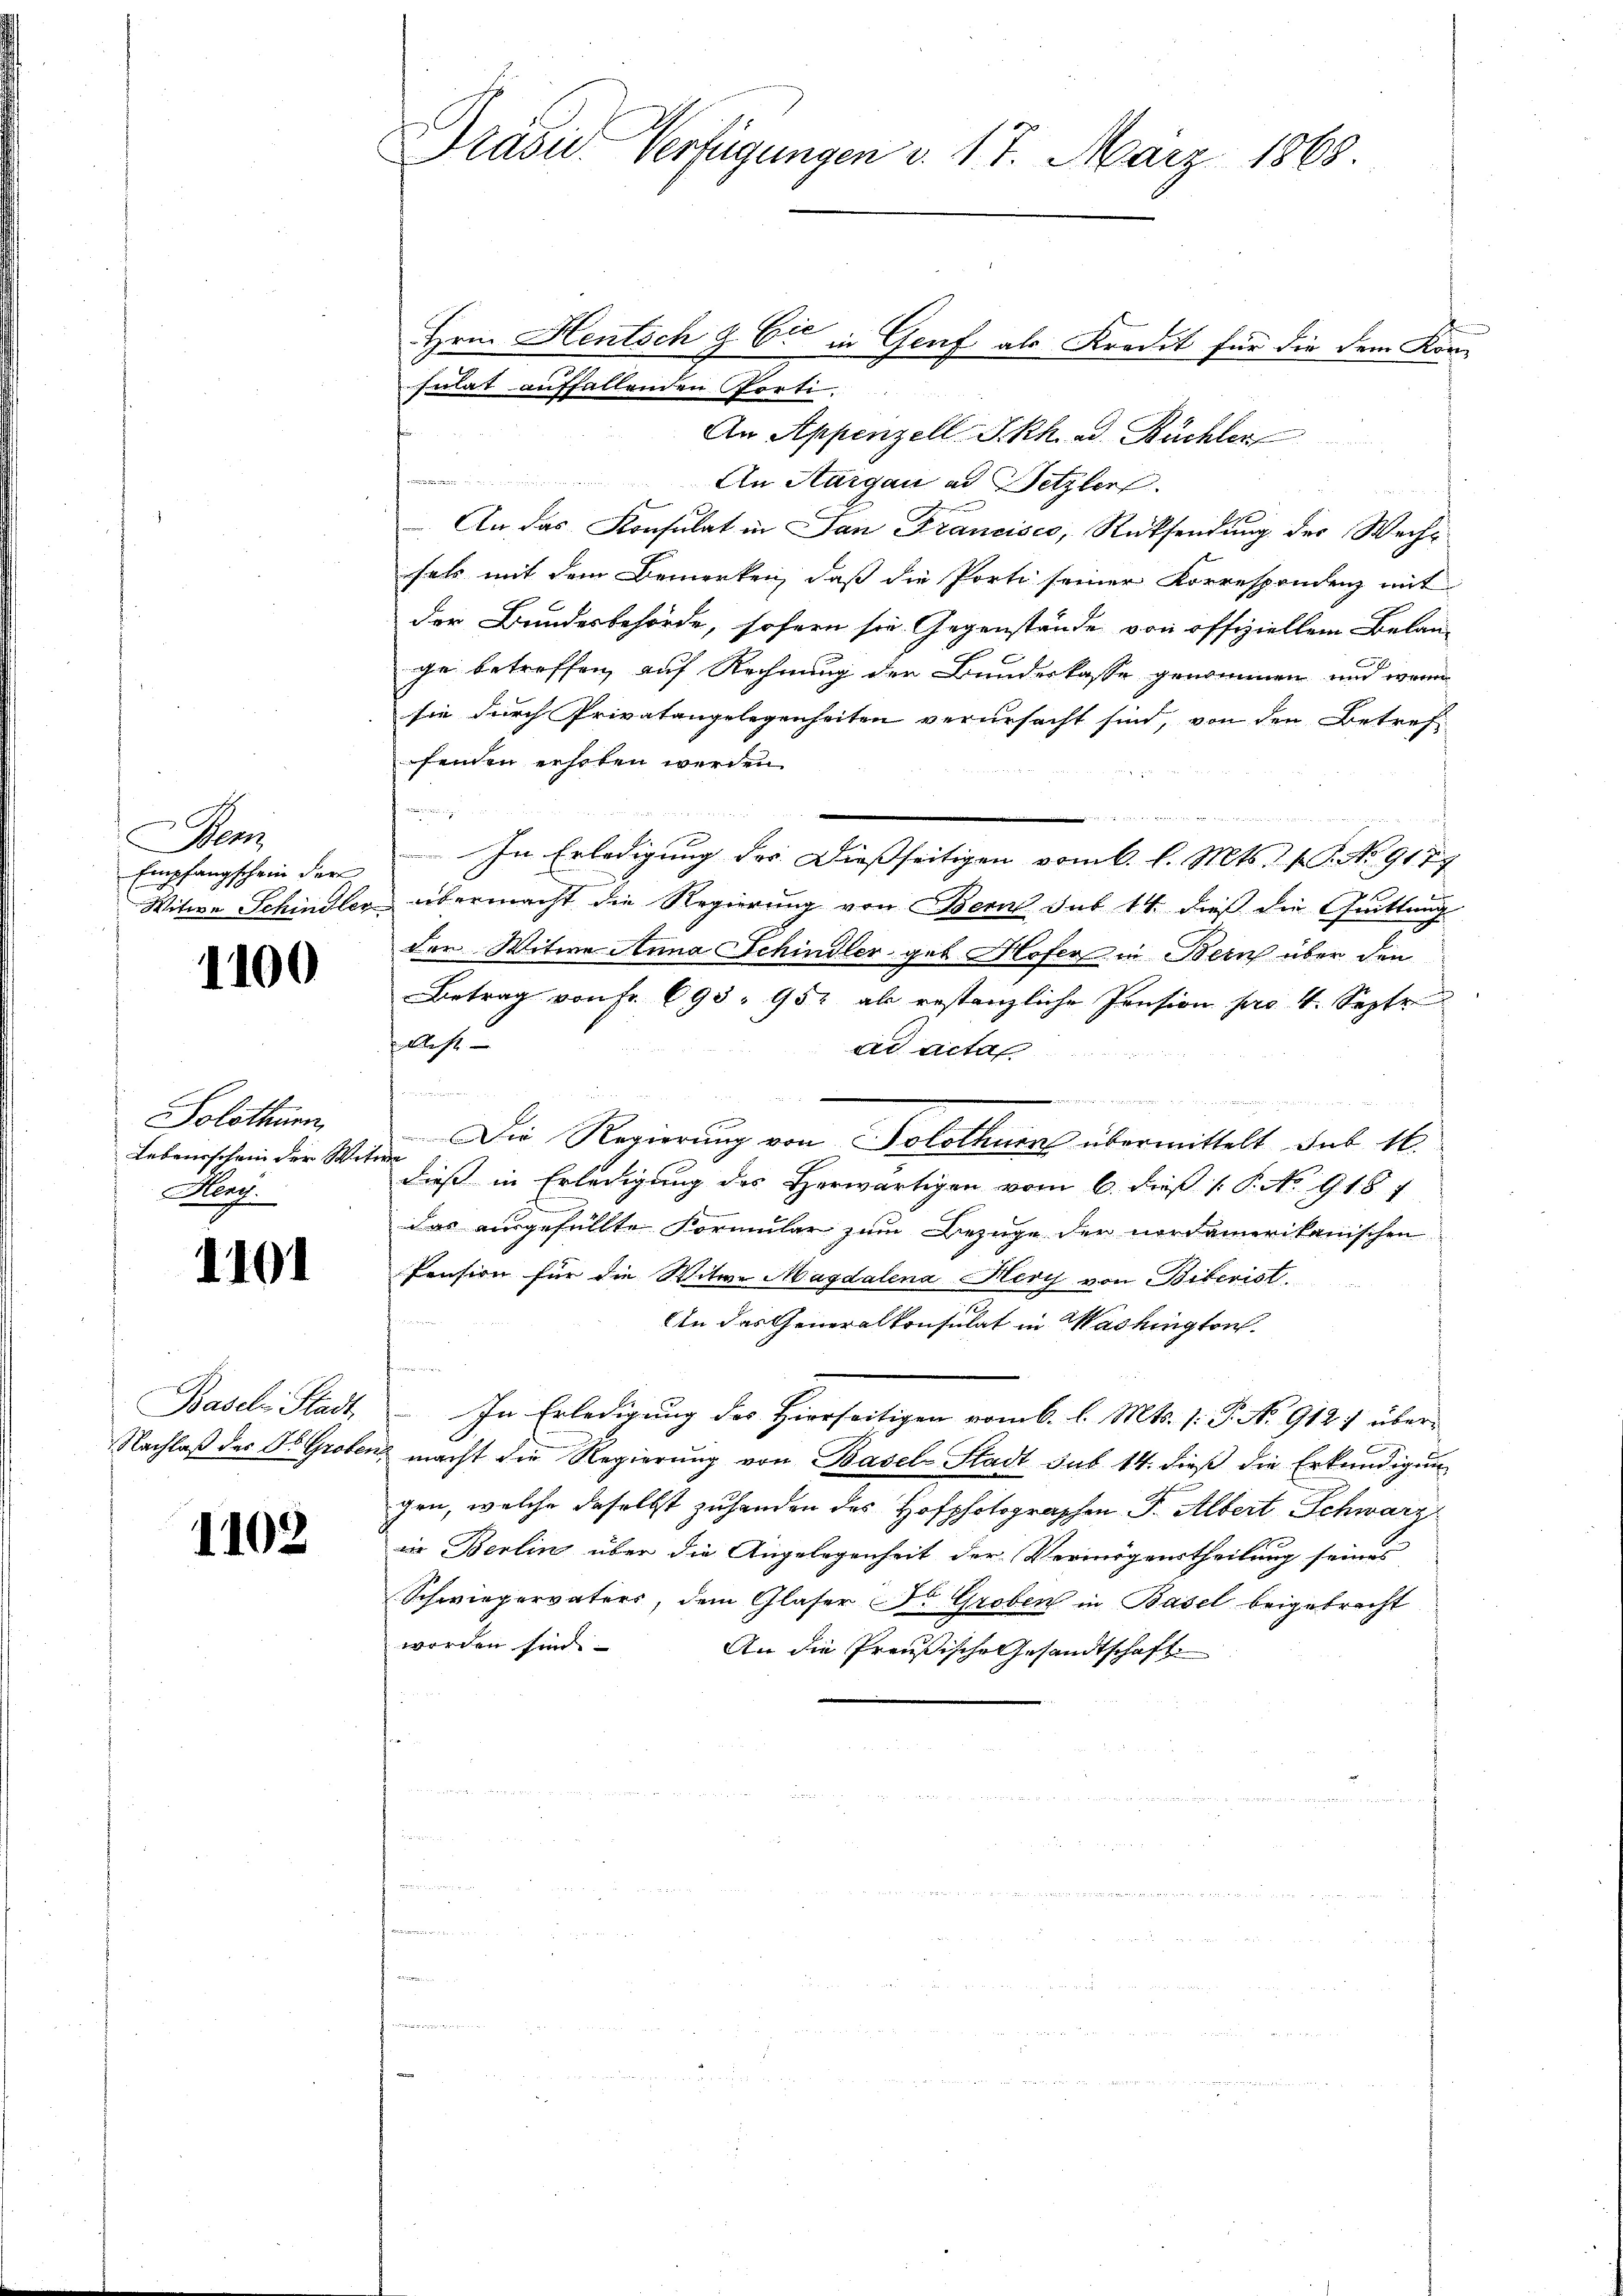
Bem
Empfangschein der

1100

Solothurn,
Lebensschein der We
Alag.

1101

Basch Stadt

1102

2
sulat auffallenden Porti
An Appenzell Skk. ad. Büchler
n
An Aargau ad Setzler
 An das Konsulat in San Francisco, Rücksendung der Wechfals mit dem Bemerken, daß die Porti seiner Korrespondenz mit
der Bundesbehörde, sofern sie Gegenstände von offiziellem Belan-
ge betreffen, auf Rechnung der Bundeskasse genommen und wenn
sie durch Privatangelegenheiten verursacht sind, von den Betrefseiden erhoben werden
e
In Erledigung des Dießseitigen vom 6. l. Mts. 1. No 9177
Witwe Schindler übermacht die Regierung von Bern sub 14 dieß die Quittung
der Witwe Anna Schindler geb. Hofer in Bern über den
Betrag von Fr. 693. 952 als restanzliche Pension pro 4. Septe
 ehe
ad actas.

eme der eingegang

Die Regierung von Solothurn übermittelt sub N.
i
dieß in Erledigung des Herwärtigen vom 6. dieß ( P. No 918 f
das ausgefüllte Formular zum Bezuge der nordamerikanischen
Pension für die Witwe Magdalena Hery von Biberist,
n
An das Generalkonsulat in Washington
g
In Erledigung des Hierseitigen vom 6. l. Mts. 1. P. No 912: über-
Nachlaβ der As. Groben macht die Regierŭng von Basel-Stadt sub 14. dieß die Erkundigung
gen, welche daselbst zu handen des Hofphotographen F. Albert Schwarz
in Berlin über die Angelegenheit der Vermögeurtheilung seines
Schwiegervaters, dem Glaser Dr. Groben in Basel beigebracht
worden sind
An die Preußische Gesandtschaft

Präsid. Verfügungen d. 17. März 1868.

Hrn. Hentsch & Er in Genf als Kredit für die dem Kon-